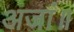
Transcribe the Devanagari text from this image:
अजां॥